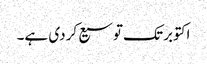
اکتوبر تک توسیع کردی ہے۔